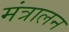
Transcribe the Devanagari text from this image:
मंत्रालन